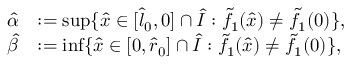
\begin{array} { r l } { \widehat \alpha } & { : = \operatorname* { s u p } \{ \widehat { x } \in [ \widehat { l } _ { 0 } , 0 ] \cap \widehat { I } : \tilde { f } _ { 1 } ( \widehat { x } ) \neq \tilde { f } _ { 1 } ( 0 ) \} , } \\ { \widehat \beta } & { : = \operatorname* { i n f } \{ \widehat { x } \in [ 0 , \widehat { r } _ { 0 } ] \cap \widehat { I } : \tilde { f } _ { 1 } ( \widehat { x } ) \neq \tilde { f } _ { 1 } ( 0 ) \} , } \end{array}